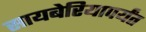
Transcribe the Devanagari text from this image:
सायबेरियापर्यंत